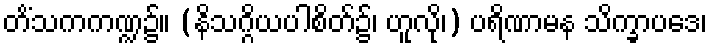
တိံသကကဏ္ဍ၌။ (နိသဂ္ဂိယပါစိတ်၌၊ ဟူလို၊) ပရိဏာမန သိက္ခာပဒေ၊